Annual report on the working of the lock hospitals in the Central Provinces
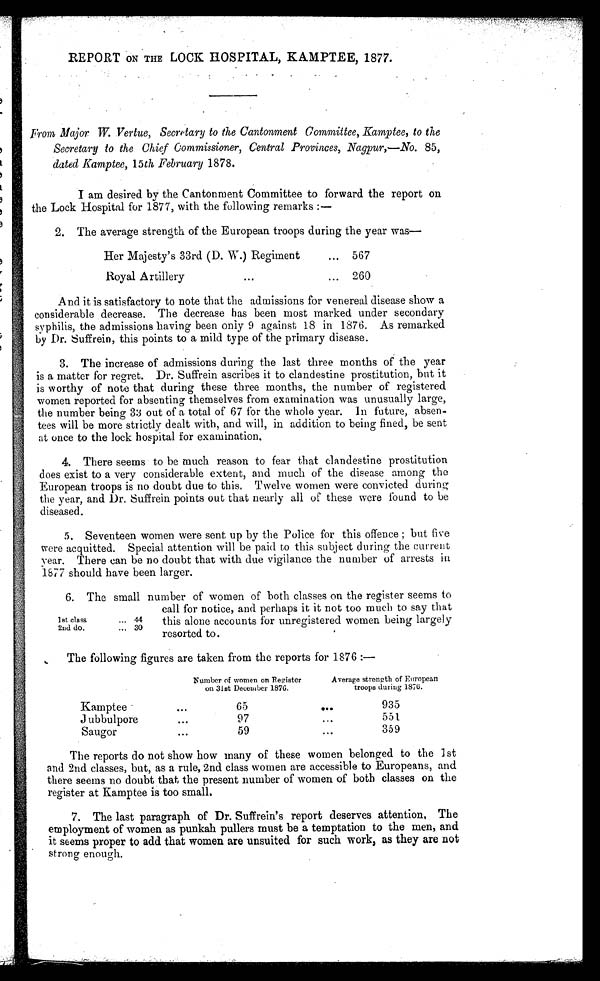
REPORT ON THE LOCK HOSPITAL, KA.MPTEE, 1877.
Front Major. W. Vertue, Secretary to the Cantonment Committee, Kamptee, to the
Secretary to the Chief Commissioner, Central Provinces, Nagpur,—No. 85,
dated Kamptee, 15th February 1878.
I am desired by the Cantonment Committee to forward the report on
the Lock Hospital for 1877, with the following remarks :—
2. The average strength of the European troops during the year was
Her Majesty's 33rd (D. W.) Regiment
... 567
Royal Artillery
...
... 260
And it is satisfactory to note that the admissions for venereal disease show a
considerable decrease. The decrease has been most marked under secondary
syphilis, the admissions having been only 9 against, 18 in 1876. As remarked
by Dr. Suffrein, this points to a mild type of the primary disease.
3. The increase of admissions during the last three months of the year
is a matter for regret. Dr. Suffrein ascribes it to clandestine prostitution, but it
is worthy of note that during these three months, the number of registered
women reported for absenting themselves from examination was unusually large,
the number being 33 out of a total of 67 for the whole year. In future, absen.
tees will be more strictly dealt with, and will, in addition to being fined, be sent
at once to the lock hos pital for examination.
4. There seems to be much reason to fear that clandestine prostitution
does exist to a very considerable extent, and much of the disease among the
European troops is no doubt due to this. Twelve women were convicted during
the year, and Dr. Suffrein points out that nearly all of these were found to be
diseased.
5. Seventeen women were sent up by the Police for this offence ; but five
were acquitted. Special attention will be paid to this subject during the current
year. There can be no doubt that with due vigilance the number of arrests in
.
1877 should have been larger.
6. The small number of women of both classes on the register seems to
call for notice, and perhaps it it not too much to say that
this alone accounts for unregistered women being largely
resorted to.
The following figures are taken from the reports for 1876 :—
1st class
... 44
2nd do.
... 30
Number of women on Register
on 31st December 1876.
Average strength of European
troops during 1876.
Kamptee
. . .
65
. . .
935
J ubbulpore
. . .
97
. . .
551
Saugor t,
. . .
59
. . .
359
The reports do not show how many of these women belonged to the 1st
and 2nd classes, but, as a rule, 2nd class women are accessible to Europeans, and
there seems no doubt that, the present number of women of both classes on the
register at Kamptee is too small.
7. The last paragraph of Dr. Suffrein's report deserves attention, The
employment of women as punkah pullers must be a temptation to the men, and
it seems proper to add that women are unsuited for such work, as they are not
strong enough.